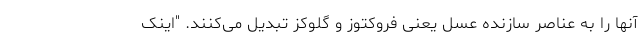
آنها را به عناصر سازنده عسل یعنی فروکتوز و گلوکز تبدیل می‌کنند. "اینک